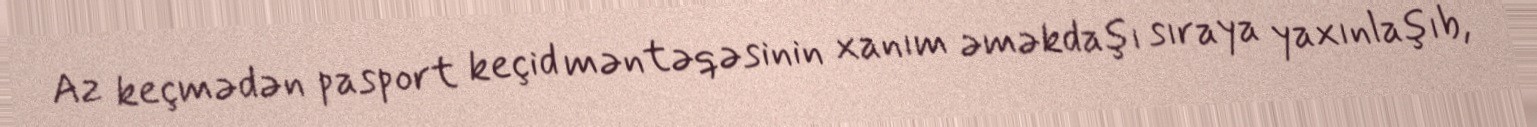
Az keçmədən pasport keçid məntəqəsinin xanım əməkdaşı sıraya yaxınlaşıb,